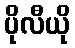
ပိုလီယို